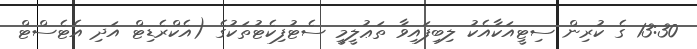
13:30 ގެ ކުރިން ސިޓީއަކާއެކު ލިބިފައިވާ ތަޢުލީމީ ސެޓުފިކެޓުތަކުގެ (އެކްރެޑިޓް އަދި އެޓެސްޓް